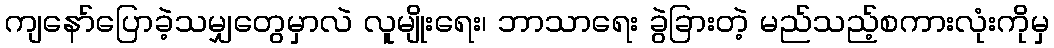
ကျနော်ပြောခဲ့သမျှတွေမှာလဲ လူမျိုးရေး၊ ဘာသာရေး ခွဲခြားတဲ့ မည်သည့်စကားလုံးကိုမှ